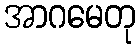
အာဂမေတု